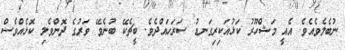
ނުބެލެވެއެވެ. އެއީ މަޝްހޫރު ކަޅުއަކިރިގަނޑު ސަރަހައްދެވެ. ބީޗެކޭ ބުނެވޭ ވަރުގެ ދޮންވެލި ކޮޅެއްވެސް